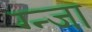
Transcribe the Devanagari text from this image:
ग्न्जा